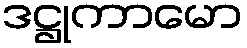
ဒဋ္ဌုကာမော